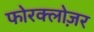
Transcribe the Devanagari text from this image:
फोरक्लोज़र